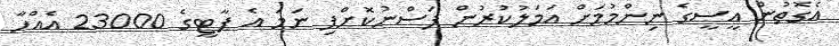
އެގޮތުން އީސީގެ ނިންމުމަށް އަމަލުކުރުން ފަސްނުކޮށްފި ނަމަ އެ ޕާޓީގެ 23000 އެއްހާ